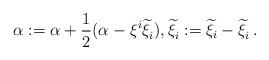
LaTeX: \begin{align*} \alpha^{}:=\alpha+\frac{1}{2}(\alpha^{}-\xi^{i}\widetilde{\xi}_i^{}), \widetilde{\xi}_i^{}:=\widetilde{\xi}_i-\widetilde{\xi}_i^{}\,.\end{align*}